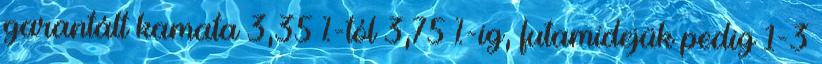
garantált kamata 3,35 %-tól 3,75 %-ig, futamidejük pedig 1-3